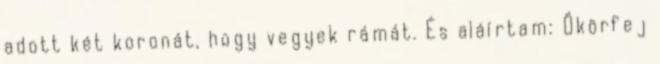
adott két koronát, hogy vegyek rámát. És aláírtam: Ökörfej